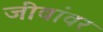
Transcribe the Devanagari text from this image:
जीवांवर